Report of the King Institute of Preventive Medicine, Guindy
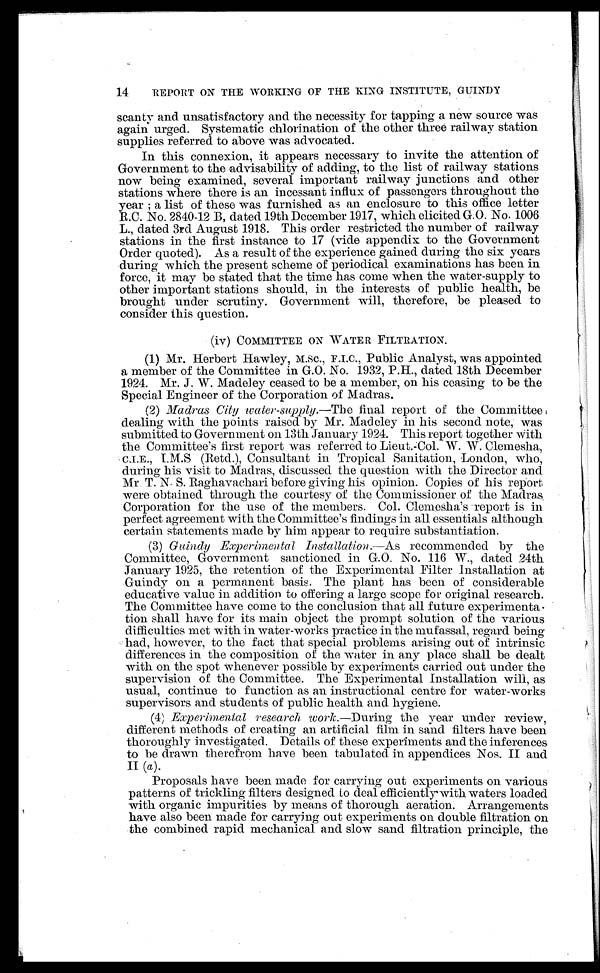
REPORT ON THE WORKING OF THE KING INSTITUTE, GUINDY
scanty and unsatisfactory and the necessity for tapping a new source was
again urged. Systematic chlorination of the other three railway station
supplies referred to above was advocated.
In this connexion, it appears necessary to invite the attention of
Government to the advisability of adding, to the list of railway stations
now being examined, several important railway junctions and other
stations where there is an incessant influx of passengers throughout the
y e a r ; a l i s t o f t h e s e wa s f u r n i s h e d a s a n e n c l o s u r e t o t h i s o f f i c e l e t t e r
R.C. No. 2840-12 B, dated 19th December 1917, which elicited G.O. No. 1006
L., dated 3rd August 1918. This order restricted the number of railway
stations in the first instance to 17 (vide appendix to the Government
Order quoted). As a result of the experience gained during the six years
during which the present scheme of periodical examinations has been in
force, it may be stated that the time has come when the water-supply to
other important stations should, in the interests of public health, be
brought under scrutiny. Government will, therefore, be pleased to
consider this question.
(iv) COMMITTEE ON WATER FILTRATION.
(1) Mr. Herbert Hawley, M.Sc., F.I.C., Public Analyst, was appointed
a member of the Committee in G.O. No. 1932, P.H., dated 18th December
1924. Mr. J. W. Madeley ceased to be a member, on his ceasing to be the
Special Engineer of the Corporation of Madras.
(2) Madras City water-supply.— The final report of the Committee
dealing with the points raised by Mr. Madeley in his second note, was
submitted to Government on 13th January 1924. This report together With
the Committee's first report was referred to Lieut.-Col. W. W. Clemesha,
C.I.E., I. M. S (Retd.), Consultant in Tropical Sanitation, London, who,
during his visit to Madras, discussed the question with the Director and
Mr T. N. S. Raghavachari before giving his opinion. Copies of his report
were obtained through the courtesy of the Commissioner of the Madras
Corporation for the use of the members. Col. Clemesha's report is in
perfect agreement with the Committee's findings in all essentials although
certain statements made by him appear to require substantiation.
(3) Guindy Experimental Installation.— As recommended by the
Committee, Government sanctioned in G.O. No. 116 W., dated 24th
January 1925, the retention of the Experimental Filter Installation at
Guindy on a permanent basis. The plant has been of considerable
educative value in addition to offering a large scope for original research.
The Committee have come to the conclusion that all future experimenta
-
tion shall have for its main object the prompt solution of the various
difficulties met with in water-works practice in the mufassal, regard being
had, however, to the fact that special problems arising out of intrinsic
differences in the composition of the water in any place shall be dealt
with on the spot whenever possible by experiments carried out under the
supervision of the Committee. The Experimental Installation will, as
usual, continue to function as an instructional centre for water-works
supervisors and students of public health and hygiene.
(4) Experimental research work .—During the year under review,
different methods of creating an artificial film in sand filters have been
thoroughly investigated. Details of these experiments and the inferences
to be drawn therefrom have been tabulated in appendices Nos. II and
II (a ).
Proposals have been made for carrying out experiments on various
patterns of trickling filters designed to deal efficiently with waters loaded
with organic impurities by means of thorough aeration. Arrangements
have also been made for carrying out experiments on double filtration on
the combined rapid mechanical and slow sand filtration principle, the
14